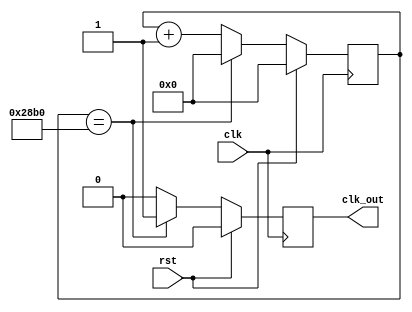
`timescale 1ns / 1ps
//////////////////////////////////////////////////////////////////////////////////
// Company:
// Engineer: 
//
// Design Name: UART
// Module Name: ClkDiv
// Project Name: UART
// Target Devices:
// Tool Versions:
// Description:
// 100MHzUART
// Dependencies:
//
// Revision:
// Revision 0.01 - File Created
// Additional Comments:
// Verilog
//////////////////////////////////////////////////////////////////////////////////

module ClkDiv (
        input clk,
        input rst,
        output reg clk_out
    );
    parameter Baud = 9600;

    localparam  div_num= 100000000/Baud;
    reg [15:0] i = 0;

    always @(posedge clk ) begin
        if (rst) begin
            i<=0;
            clk_out<=0;
        end
        else if (i==div_num) begin
            i<=0;
            clk_out<=1;
        end
        else begin
            i <= i+1;
            clk_out<=0;
        end
    end
endmodule